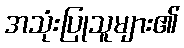
အသုံးပြုသူများ၏